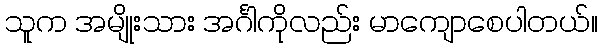
သူက အမျိုးသား အင်္ဂါကိုလည်း မာကျောစေပါတယ်။